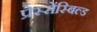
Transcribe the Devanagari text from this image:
प्रेस्सेंस्बिल्ड